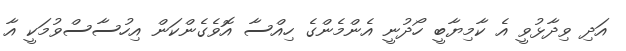
އަދި ވިދާޅުވީ އެ ކާމިޔާބީ ހޯދުނީ އެންމެންގެ ހިއްސާ އޮވެގެންކަން އިހުސާސްވުމަކީ އާ